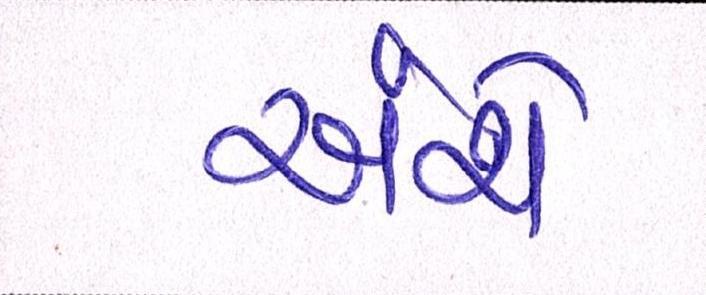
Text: અંશે